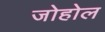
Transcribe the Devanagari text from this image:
जोहोल